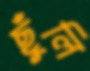
ছুঁলি